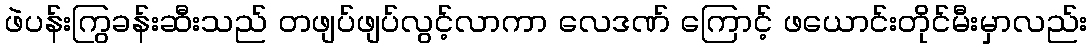
ဖဲပန်းကြွခန်းဆီးသည် တဖျပ်ဖျပ်လွင့်လာကာ လေဒဏ် ကြောင့် ဖယောင်းတိုင်မီးမှာလည်း